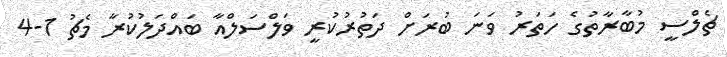
ޗެލްސީ މުބާރާތުގެ ހަތަރު ވަނަ ބުރަށް ދަތުރުކުރީ ވަލްސަލްއާ ބައްދަލުކުރާ މެޗު 1-4